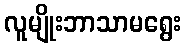
လူမျိုးဘာသာမရွေး